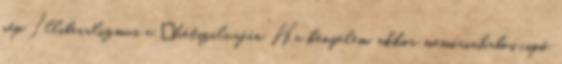
nép Illiberalizmus a „hétszilvafán” Ha kényelem, akkor memóriahabos cipő